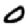
Digit: 0